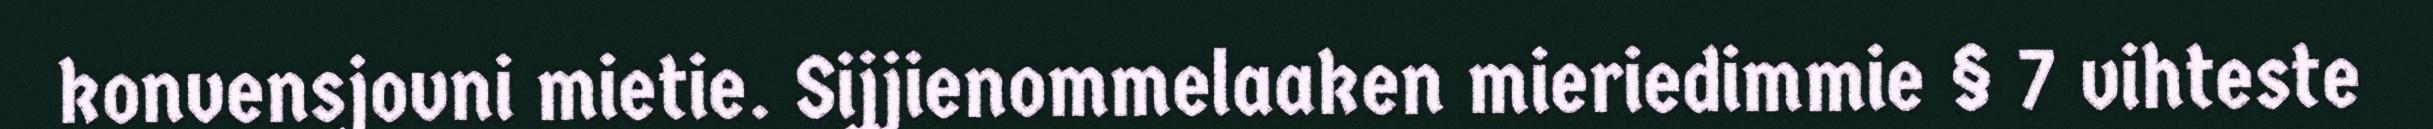
konvensjovni mietie. Sijjienommelaaken mieriedimmie § 7 vihteste